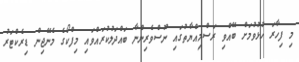
މި ފިހާރަ ހުޅުވުމަށް ބޭއްވި ރަސްމިއްޔާތުގައި ނޫސްވެރިންނާ ބައްދަލުކުރައްވައި މިފްކޯގެ މެނޭޖިން ޑިރެކްޓަރު